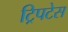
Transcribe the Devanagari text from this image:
ट्रिपटेस